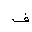
Letter: _fa